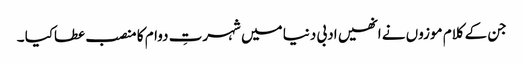
جن کے کلام موزوں نے انھیں ادبی دنیا میں شہرتِ دوام کا منصب عطاکیا ۔